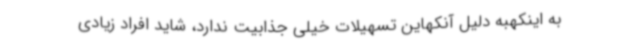
به اینکهبه دلیل آنکهاین تسهیلات خیلی جذابیت ندارد، شاید افراد زیادی